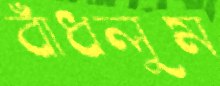
বাঁধলুম